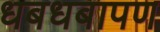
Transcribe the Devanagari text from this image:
धबधबापण